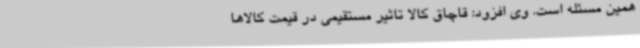
همین مسئله است. وی افزود: قاچاق کالا تاثیر مستقیمی در قیمت کالاها